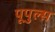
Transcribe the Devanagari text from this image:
पूपुल्स